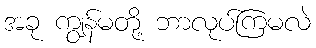
အခု ကျွန်မတို့ ဘာလုပ်ကြမလဲ